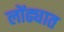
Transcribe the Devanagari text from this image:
लोंढ्यात